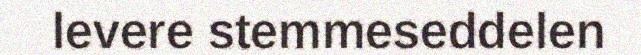
levere stemmeseddelen